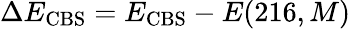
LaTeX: \Delta E_{\mathrm{CBS}}=E_{\mathrm{CBS}}-E(216,M)